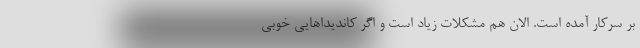
بر سرکار آمده است. الان هم مشکلات زیاد است و اگر کاندیداهایی خوبی